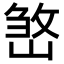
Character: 𡺧